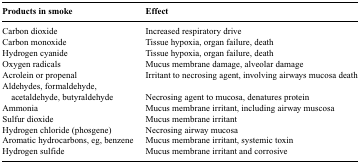
| Products in smoke | Effect |
 | --- | --- |
 | Carbon dioxide | Increased respiratory drive |
 | Carbon monoxide | Tissue hypoxia, organ failure, death |
 | Hydrogen cyanide | Tissue hypoxia, organ failure, death |
 | Oxygen radicals | Mucus membrane damage, alveolar damage |
 | Acrolein or propenal | Irritant to necrosing agent, involving airways mucosa death |
 | Aldehydes, formaldehyde, acetaldehyde, butyraldehyde | Necrosing agent to mucosa, denatures protein |
 | Ammonia | Mucus membrane irritant, including airway muscosa |
 | Sulfur dioxide | Mucus membrane irritant |
 | Hydrogen chloride (phosgene) | Necrosing airway mucosa |
 | Aromatic hydrocarbons, eg, benzene | Mucus membrane irritant, systemic toxin |
 | Hydrogen sulfide | Mucus membrane irritant and corrosive |